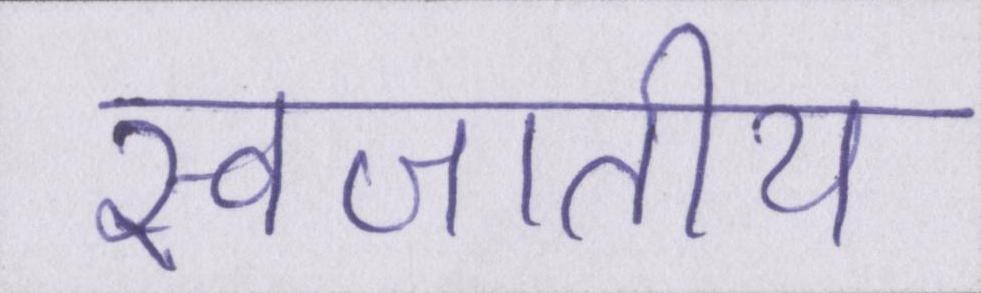
स्वजातीय